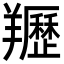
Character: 䍽